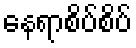
နေရာစိပ်စိပ်